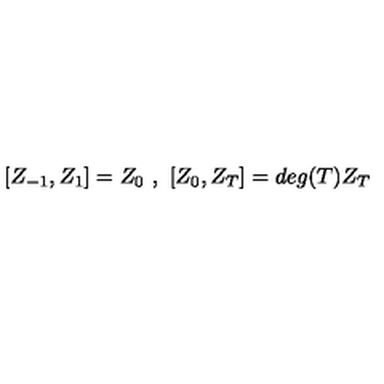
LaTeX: [ Z _ { - 1 } , Z _ { 1 } ] = Z _ { 0 } \ , \ [ Z _ { 0 } , Z _ { T } ] = d e g ( T ) Z _ { T } \,